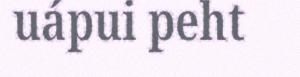
uápui peht